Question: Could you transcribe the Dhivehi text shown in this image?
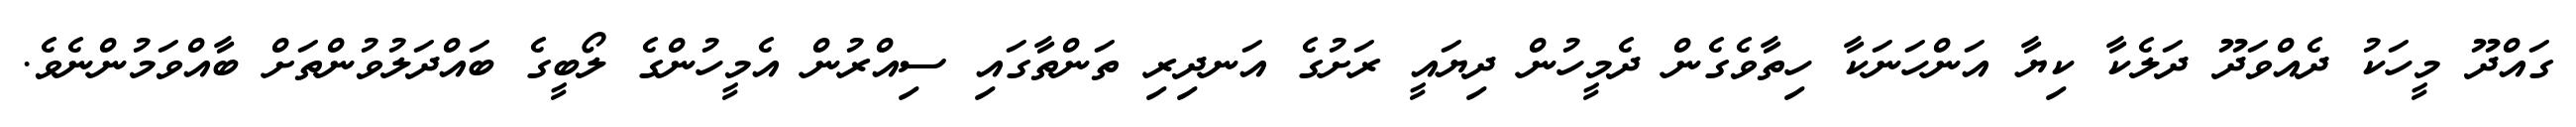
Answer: ގައްދޫ މީހަކު ދެއްވަދޫ ދަލެކާ ކިޔާ އަންހަނަކާ ހިތާވެގެން ދެމީހުން ދިޔައީ ރަށުގެ އަނދިރި ތަންތާގައި ސިއްރުން އެމީހުންގެ ލޯބީގެ ބައްދަލުވުންތަށް ބާއްވަމުންނެވެ.